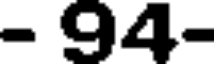
- 94-